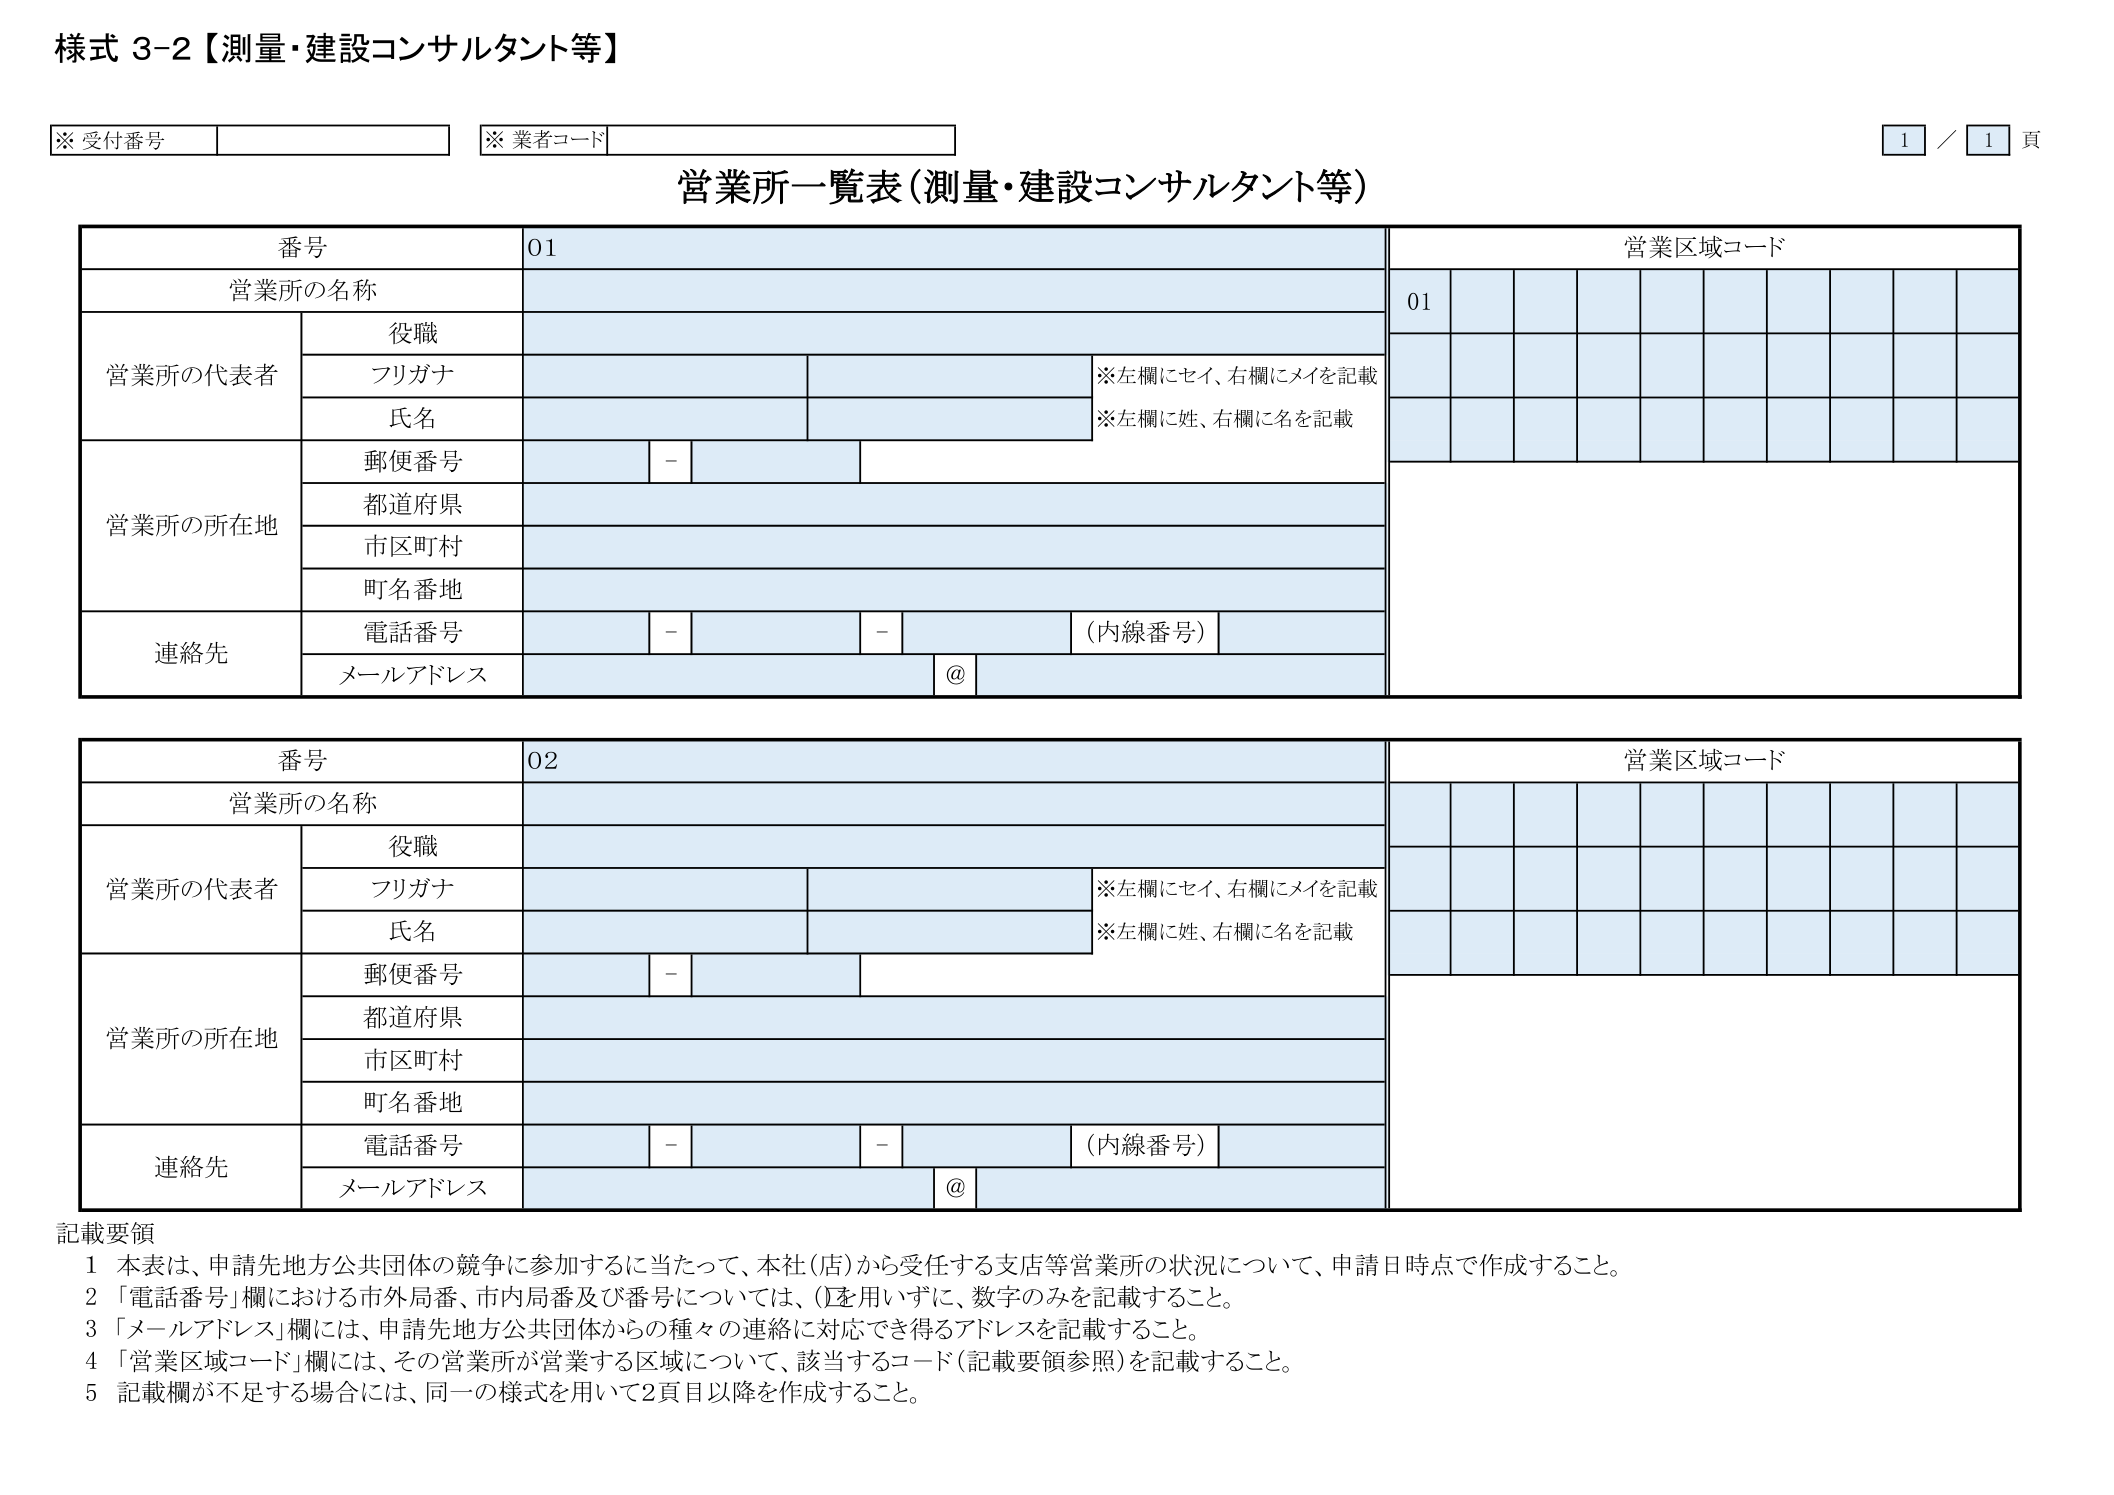
様式 3-2【測量・建設コンサルタント等】

※ 受付番号
※ 業者コード
1 / 1 頁

営業所一覧表（測量・建設コンサルタント等）

番号 01
営業所の名称
営業所の代表者
役職
フリガナ
※左欄にセイ、右欄にメイを記載
氏名
※左欄に姓、右欄に名を記載
営業所の所在地
郵便番号 -
都道府県
市区町村
町名番地
連絡先
電話番号 - - （内線番号）
メールアドレス @
営業区域コード
01

番号 02
営業所の名称
営業所の代表者
役職
フリガナ
※左欄にセイ、右欄にメイを記載
氏名
※左欄に姓、右欄に名を記載
営業所の所在地
郵便番号 -
都道府県
市区町村
町名番地
連絡先
電話番号 - - （内線番号）
メールアドレス @
営業区域コード

記載要領
1 本表は、申請先地方公共団体の競争に参加するに当たって、本社（店）から受任する支店等営業所の状況について、申請日時点で作成すること。
2 「電話番号」欄における市外局番、市内局番及び番号については、()を用いずに、数字のみを記載すること。
3 「メールアドレス」欄には、申請先地方公共団体からの種々の連絡に対応でき得るアドレスを記載すること。
4 「営業区域コード」欄には、その営業所が営業する区域について、該当するコード（記載要領参照）を記載すること。
5 記載欄が不足する場合には、同一の様式を用いて2頁目以降を作成すること。